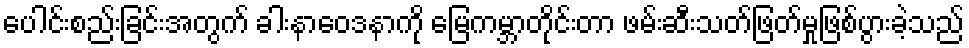
ပေါင်းစည်းခြင်းအတွက် ခါးနာဝေဒနာကို မြေကမ္ဘာတိုင်းတာ ဖမ်းဆီးသတ်ဖြတ်မှုဖြစ်ပွားခဲ့သည်